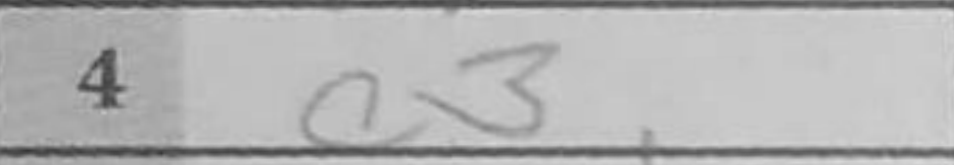
Transcription: c3